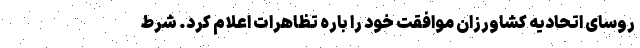
روسای اتحادیه کشاورزان موافقت خود را باره تظاهرات اعلام کرد. ‌شرط